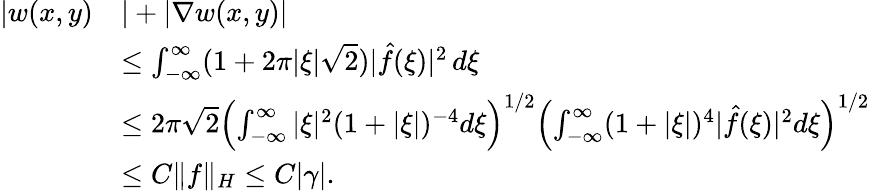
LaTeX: \begin{array}{rl}{|w(x,y)}&{|+|\nabla w(x,y)|}\\ &{\leq\int_{-\infty}^{\infty}(1+2\pi|\xi|\sqrt{2})|\hat{f}(\xi)|^{2}\, d\xi}\\ &{\leq 2\pi\sqrt{2}\Bigl(\int_{-\infty}^{\infty}|\xi|^{2}(1+|\xi|)^{-4}d\xi\Bigr)^{1/2}\Bigl(\int_{-\infty}^{\infty}(1+|\xi|)^{4}|\hat{f}(\xi)|^{2}d\xi\Bigr)^{1/2}}\\ &{\leq C\| f\| _{H}\leq C|\gamma|.}\end{array}